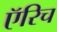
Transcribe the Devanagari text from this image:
ऍरिच